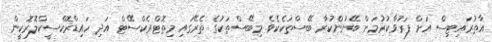
އާތުރައިޓިސް އަށް ފަރުވާކުރުމަށް ބޭނުންކުރާ ބޭސްތަކެކެވެ. މިބޭސްތަކުގެ ތެރޭގައި މިތޮޓްރެކްސޭޓް އަދި ހައިޑްރޮކްސީކްލޮރޮކީން